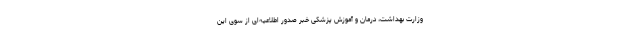
وزارت بهداشت، درمان و آموزش پزشکی خبر صدور اطلاعیه‌ای از سوی این